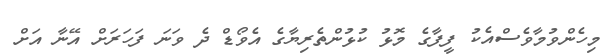
މިހެންވުމާވެސްއެކު ފީފާގެ މޮޅު ކުޅުންތެރިޔާގެ އެވޯޑް ދެ ވަނަ ފަހަރަށް އޭނާ އަށް